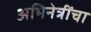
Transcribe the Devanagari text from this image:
अभिनेत्रींचा